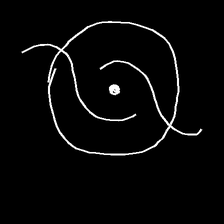
Glyph: repetition